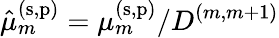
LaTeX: \hat{\mu}_{m}^{(\mathrm{s},\mathrm{p})}=\mu_{m}^{(\mathrm{s},\mathrm{p})}/D^{(m,m+1)}